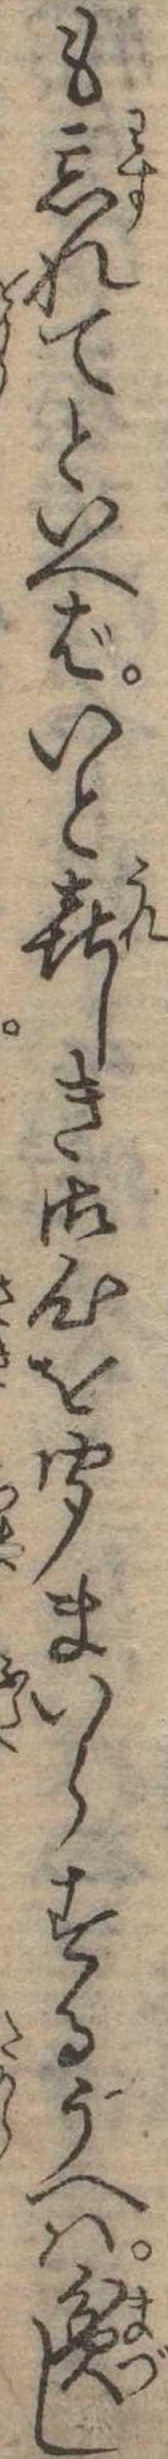
も忘れてといへばいと喜しき御心を聞まいらするうへは貧し